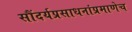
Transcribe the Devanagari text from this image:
सौंदर्यप्रसाधनांप्रमाणेच